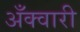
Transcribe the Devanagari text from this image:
अँक्वारी